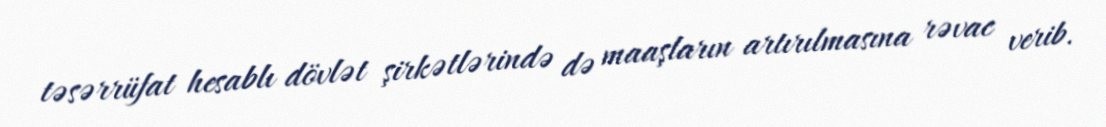
təsərrüfat hesablı dövlət şirkətlərində də maaşların artırılmasına rəvac verib.